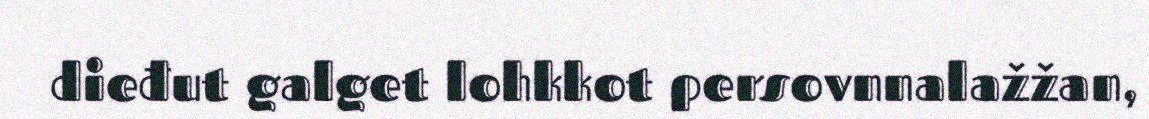
dieđut galget lohkkot persovnnalažžan,